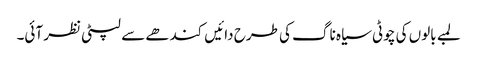
لمبے بالوں کی چوٹی سیاہ ناگ کی طرح دائیں کندھے سے لپٹی نظر آئی۔